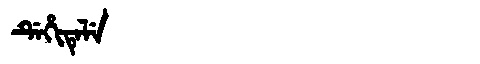
Manchu: ᡩᡝᡥᡳᡨᡝᠯᡝ
Romanization: DEHITELE